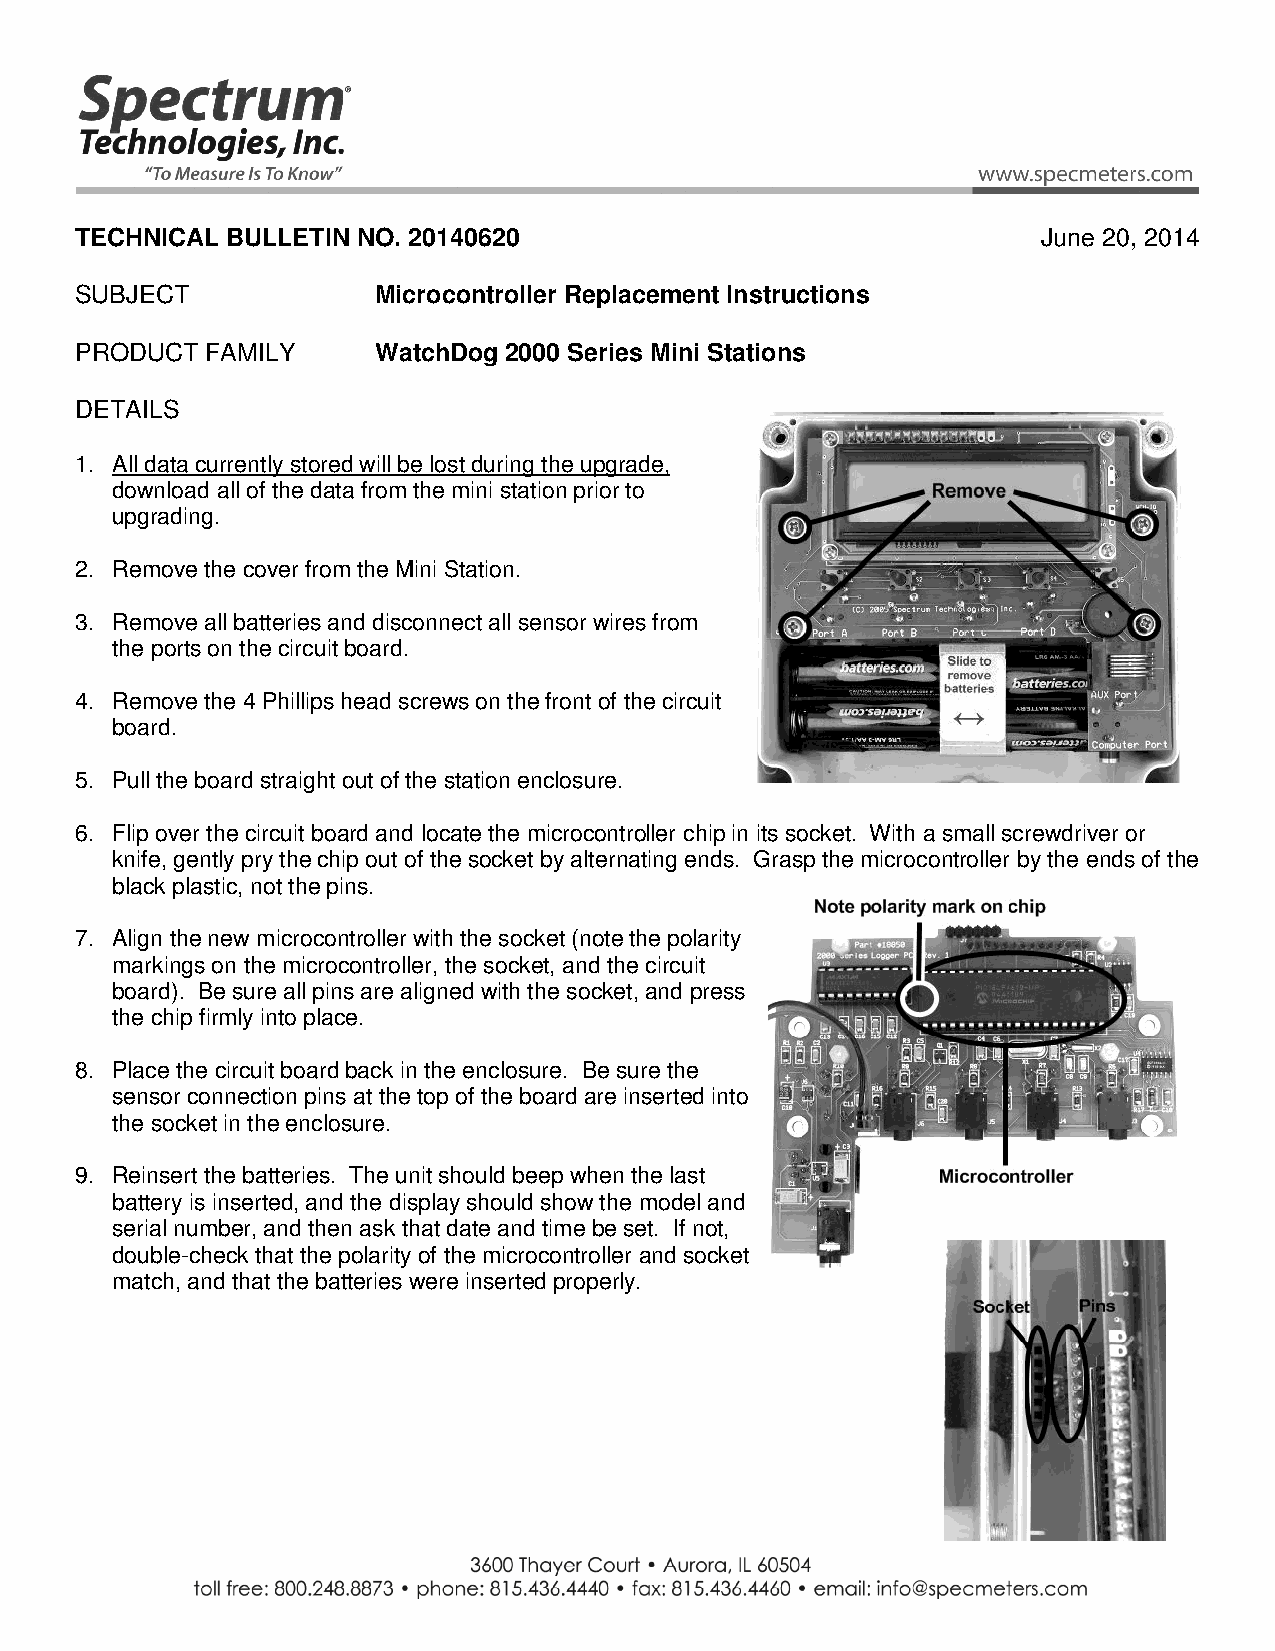
TECHNICAL BULLETIN NO. 20140620                                 June 20, 2014
 SUBJECT             Microcontroller Replacement Instructions
 PRODUCT  FAMILY     WatchDog 2000 Series Mini Stations
 DETAILS
 1. All data currently stored will be lost during the upgrade,
 download all of the data from the mini station prior to
 upgrading.
 2. Remove the cover from the Mini Station.
 3. Remove all batteries and disconnect all sensor wires from
 the ports on the circuit board.
 4. Remove the 4 Phillips head screws on the front of the circuit
 board.
 5. Pull the board straight out of the station enclosure.
 6. Flip over the circuit board and locate the microcontroller chip in its socket. With a small screwdriver or
 knife, gently pry the chip out of the socket by alternating ends. Grasp the microcontroller by the ends of the
 black plastic, not the pins.
 7. Align the new microcontroller with the socket (note the polarity
 markings on the microcontroller, the socket, and the circuit
 board). Be sure all pins are aligned with the socket, and press
 the chip firmly into place.
 8. Place the circuit board back in the enclosure. Be sure the
 sensor connection pins at the top of the board are inserted into
 the socket in the enclosure.
 9. Reinsert the batteries. The unit should beep when the last
 battery is inserted, and the display should show the model and
 serial number, and then ask that date and time be set. If not,
 double-check that the polarity of the microcontroller and socket
 match, and that the batteries were inserted properly.